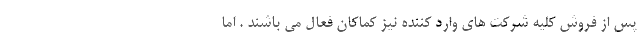
پس از فروش کلیه شرکت های وارد کننده نیز کماکان فعال می باشند . اما